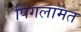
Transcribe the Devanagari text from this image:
पिंगलामत